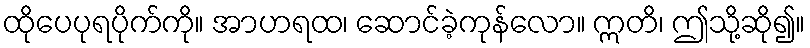
ထိုပေပုရပိုက်ကို။ အာဟရထ၊ ဆောင်ခဲ့ကုန်လော။ ဣတိ၊ ဤသို့ဆို၍။